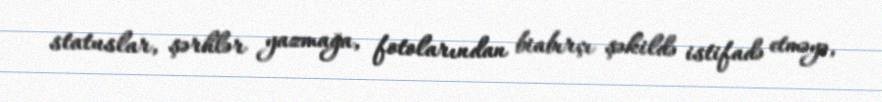
statuslar, şərhlər yazmağa, fotolarından biabırçı şəkildə istifadə etməyə,